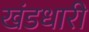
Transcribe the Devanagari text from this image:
खंडधारी